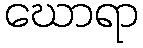
ဃောရာ